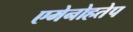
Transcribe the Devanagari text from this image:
एमेनोहतेप